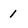
Character: 1